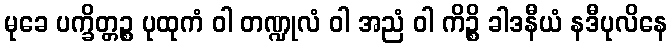
မုခေ ပက္ခိတ္တဉ္စ ပုထုကံ ဝါ တဏ္ဍုလံ ဝါ အညံ ဝါ ကိဉ္စိ ခါဒနီယံ နဒီပုလိနေ